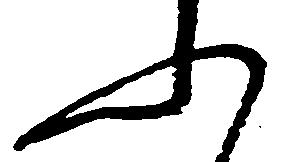
ふ